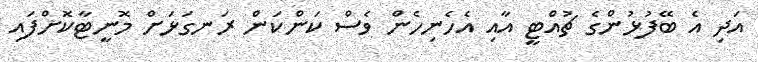
އަދި އެ ބޭފުޅުންގެ ޗުއްޓީ އާއި އެހެނިހެން ވެސް ކަންކަން ރަނގަޅަށް މޮނީޓާކޮށްފައި